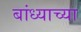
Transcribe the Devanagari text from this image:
बांध्याच्या